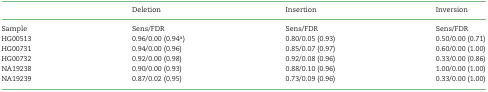
|  | Deletion | Insertion | Inversion |
 | --- | --- | --- | --- |
 | Sample | Sens/FDR | Sens/FDR | Sens/FDR |
 | HG00513 | 0.96/0.00 (0.94a) | 0.80/0.05 (0.93) | 0.50/0.00 (0.71) |
 | HG00731 | 0.94/0.00 (0.96) | 0.85/0.07 (0.97) | 0.60/0.00 (1.00) |
 | HG00732 | 0.92/0.00 (0.98) | 0.92/0.08 (0.96) | 0.33/0.00 (0.86) |
 | NA19238 | 0.90/0.00 (0.93) | 0.88/0.10 (0.96) | 1.00/0.00 (1.00) |
 | NA19239 | 0.87/0.02 (0.95) | 0.73/0.09 (0.96) | 0.33/0.00 (1.00) |